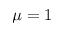
\mu = 1